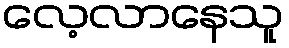
လေ့လာနေသူ